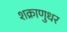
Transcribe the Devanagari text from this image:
शक्राणुधर